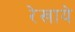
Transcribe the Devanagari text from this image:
रेखाये